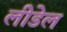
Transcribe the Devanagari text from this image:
लीडेल